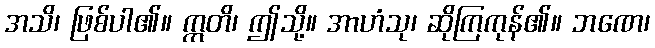
အသိ၊ ဖြစ်ပါ၏။ ဣတိ၊ ဤသို့။ အာဟံသု၊ ဆိုကြကုန်၏။ ဘဏေ၊